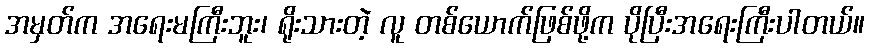
အမှတ်က အရေးမကြီးဘူး၊ ရိုးသားတဲ့ လူ တစ်ယောက်ဖြစ်ဖို့က ပိုပြီးအရေးကြီးပါတယ်။